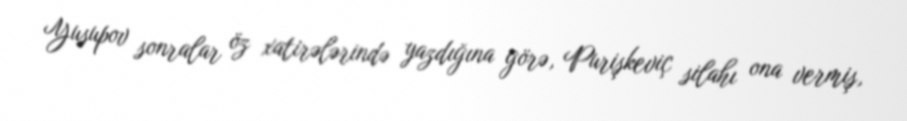
Yusupov sonralar öz xatirələrində yazdığına görə, Purişkeviç silahı ona vermiş,